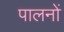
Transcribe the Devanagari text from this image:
पालनों